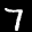
Label: 7